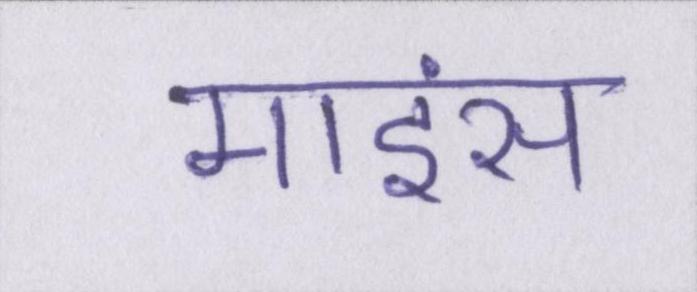
माइंस